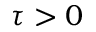
\tau > 0